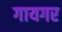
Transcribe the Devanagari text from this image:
गायगर